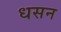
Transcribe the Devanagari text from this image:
धसन